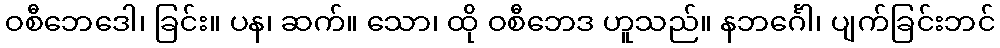
ဝစီဘေဒေါ၊ ခြင်း။ ပန၊ ဆက်။ သော၊ ထို ဝစီဘေဒ ဟူသည်။ နဘင်္ဂေါ၊ ပျက်ခြင်းဘင်